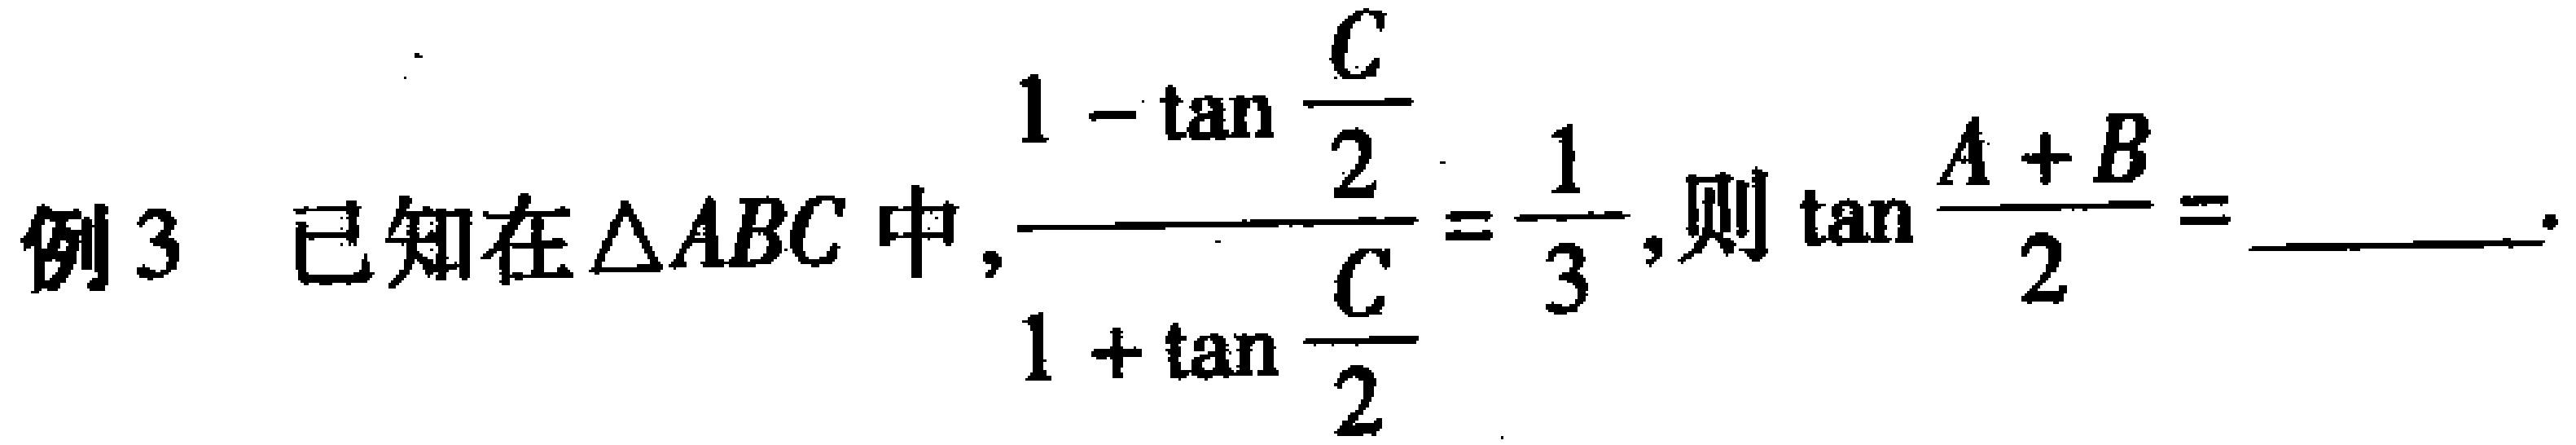
例3 已知在$\triangle ABC$中，$\frac{1 - \tan \frac{C}{2}}{1 + \tan \frac{C}{2}} = \frac{1}{3}$，则$\tan \frac{A + B}{2} =$  。